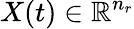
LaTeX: X(t)\in\mathbb{R}^{n_{r}}